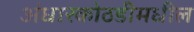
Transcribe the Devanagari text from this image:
अंधारकोठडीमधील